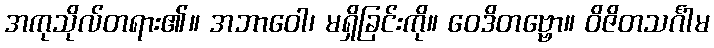
အကုသိုလ်တရား၏။ အဘာဝေါ၊ မရှိခြင်းကို။ ဝေဒိတဗ္ဗော။ ဝိဇိတသင်္ဂါမ